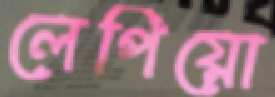
লেপিয়ো